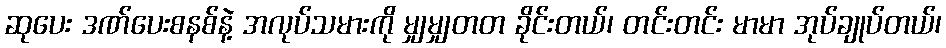
ဆုပေး ဒဏ်ပေးစနစ်နဲ့ အလုပ်သမားကို မျှမျှတတ ခိုင်းတယ်၊ တင်းတင်း မာမာ အုပ်ချုပ်တယ်၊